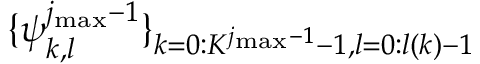
\{ \boldsymbol { \psi } _ { k , l } ^ { j _ { \mathrm { m a x } } - 1 } \} _ { k = 0 : K ^ { j _ { \mathrm { m a x } } - 1 } - 1 , l = 0 : l ( k ) - 1 }